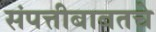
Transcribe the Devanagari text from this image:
संपत्तीबाबतचे